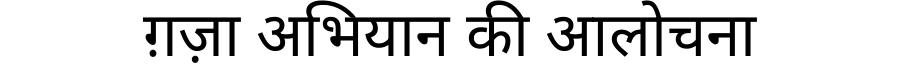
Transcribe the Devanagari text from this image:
ग़ज़ा अभियान की आलोचना